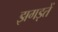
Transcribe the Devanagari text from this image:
झगड़तें